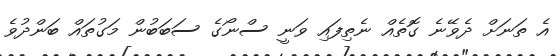
އެ ތަނަށް ދެވޭނެ ގޮތެއް ނެތިފައި ވަނީ ސްނޯގެ ސަބަބުން މަގުތައް ބަންދުވެ